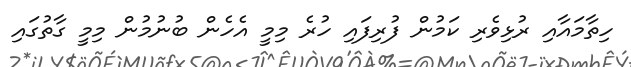
ހިތާމައާއި ރުޅިވެރި ކަމުން ފުރިފައި ހުރެ މިމީ އެހެން ބުނުމުން މިމީ ގާތުގައި